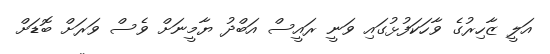
އަލީ ޒާހިރުގެ ވާހަކަފުޅުގައި ވަނީ ރައީސް އަބްދު ޔާމީނަށް ވެސް ވަރަށް ބޮޑަށް